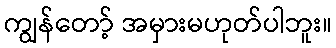
ကျွန်တော့် အမှားမဟုတ်ပါဘူး။